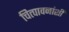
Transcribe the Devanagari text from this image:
चित्पावनांशी